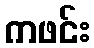
ကဖင်း